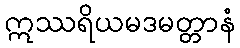
ဣဿရိယမဒမတ္တာနံ